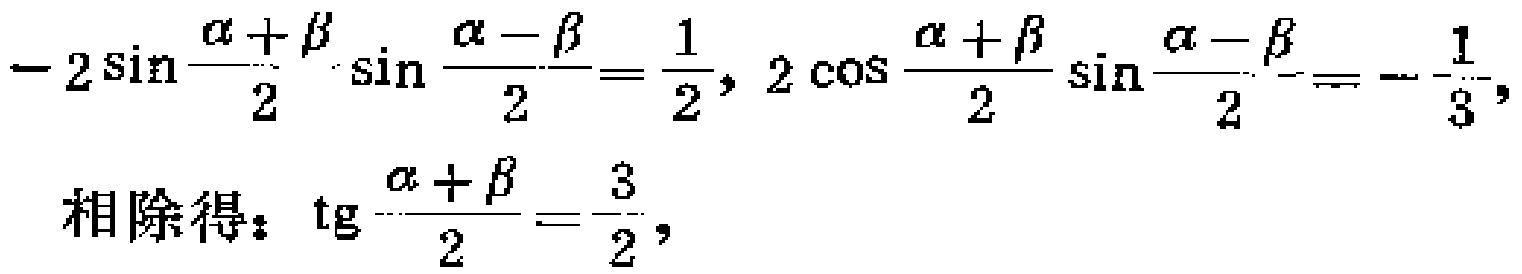
\[-2\sin\frac{\alpha + \beta}{2}\sin\frac{\alpha - \beta}{2}=\frac{1}{2}, 2\cos\frac{\alpha + \beta}{2}\sin\frac{\alpha - \beta}{2}=-\frac{1}{3},\]
相除得：\(\mathrm{tg}\frac{\alpha + \beta}{2}=\frac{3}{2},\)